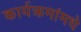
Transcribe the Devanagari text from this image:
कार्यक्रमांमधे